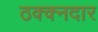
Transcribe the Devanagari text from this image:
ठक्क्नदार